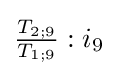
{\tfrac {T_{2;9}}{T_{1;9}}}:{i_{9}}